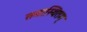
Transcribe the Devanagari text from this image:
समास्थितम्